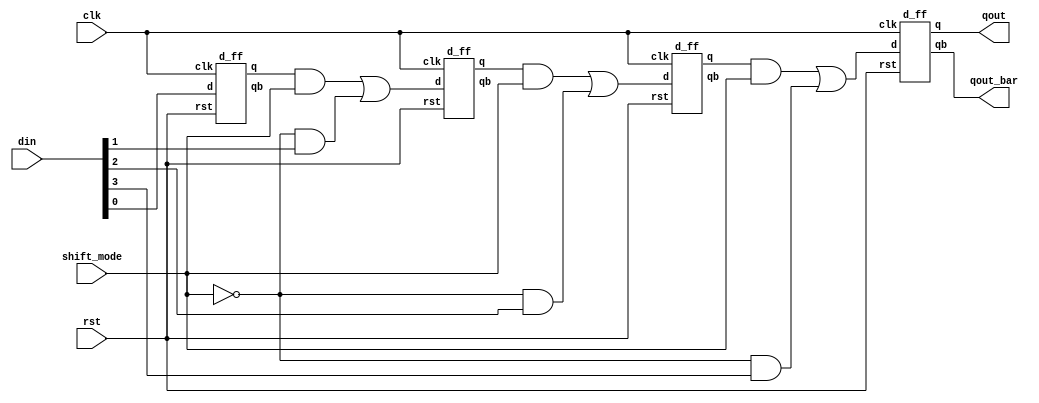
`timescale 1ns / 1ps

module PISO(
output qout,qout_bar,
    input [3:0]din,
    input clk,rst,shift_mode
    );
    wire [2:0]q;
    wire [2:0]qbar;
    wire n_shift_mode;
    wire [5:0]aw;
    wire [2:0]wo;
    
    d_ff ff1(q[0],qbar[0],din[0],clk,rst);

   not(n_shift_mode,shift_mode);
   and(aw[0],q[0],shift_mode);
   and(aw[1],n_shift_mode,din[1]);
   or(wo[0],aw[0],aw[1]);
   
    d_ff ff2(q[1],qbar[1],wo[0],clk,rst);
    
    and(aw[2],q[1],shift_mode);
   and(aw[3],n_shift_mode,din[2]);
   or(wo[1],aw[2],aw[3]);
   
    d_ff ff3(q[2],qbar[2],wo[1],clk,rst);
    
    and(aw[4],q[2],shift_mode);
   and(aw[5],n_shift_mode,din[3]);
   or(wo[2],aw[4],aw[5]);
    d_ff ff4(qout,qout_bar,wo[2],clk,rst);
    
endmodule

module d_ff(
    output reg q,qb,
    input d,clk,rst
    );

    always @(posedge clk )
        if (rst)
        begin
            q <= 0;
            qb <= 1;
        end
        else
        begin
            q <= d;
            qb <= ~d;
        end

endmodule